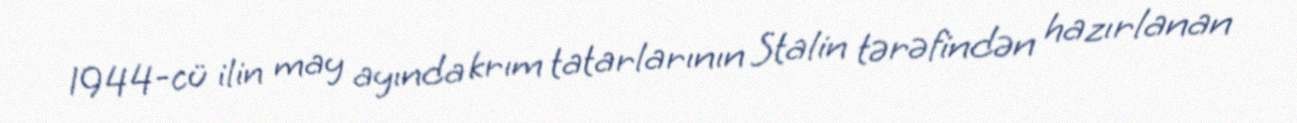
1944-cü ilin may ayında krım tatarlarının Stalin tərəfindən hazırlanan